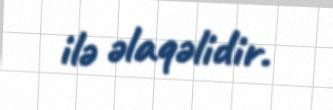
ilə əlaqəlidir.